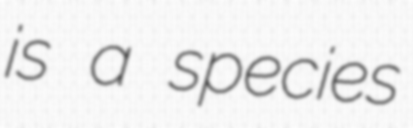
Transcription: is a species